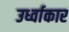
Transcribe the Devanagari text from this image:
उर्ध्वाकार